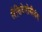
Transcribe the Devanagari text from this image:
लैसिडेमोनीयंस